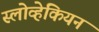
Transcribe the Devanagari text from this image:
स्लोव्हेकियन